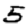
Digit: 5